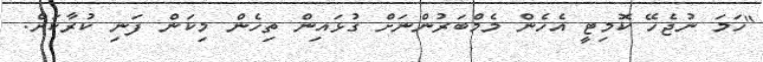
"ހަމަ ނުޖެހޭ ކޮމިޓީ އެހެން މެމްބަރުންނަށް ގުޅައިން ތިހެން މިކަން ފަނި ކުރާކަށް.